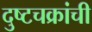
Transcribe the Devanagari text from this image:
दुष्टचक्रांची